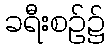
ခရီးစဉ်၌